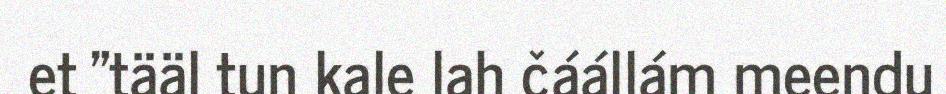
et "tääl tun kale lah čáállám meendu